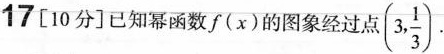
17[10分]已知幂函数f(x)的图象经过点 (3, \frac{1}{3}).